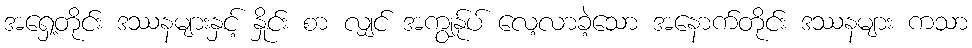
အရှေ့တိုင်း ဒဿနများနှင့် နှိုင်း စာ လျှင် အကျွန်ုပ် လေ့လာခဲ့သော အနောက်တိုင်း ဒဿနများ ကသာ